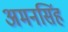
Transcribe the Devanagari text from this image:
अमनसिंह